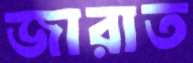
জারাত